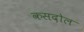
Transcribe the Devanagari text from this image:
कसदोल